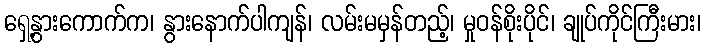
ရှေ့နွားကောက်က၊ နွားနောက်ပါကျန်၊ လမ်းမမှန်တည့်၊ မှုဝန်စိုးပိုင်၊ ချုပ်ကိုင်ကြီးမား၊